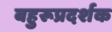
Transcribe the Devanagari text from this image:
बहुरूप्रदर्शक